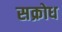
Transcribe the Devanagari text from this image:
सक्रोध